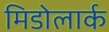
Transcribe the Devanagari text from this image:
मिडोलार्क